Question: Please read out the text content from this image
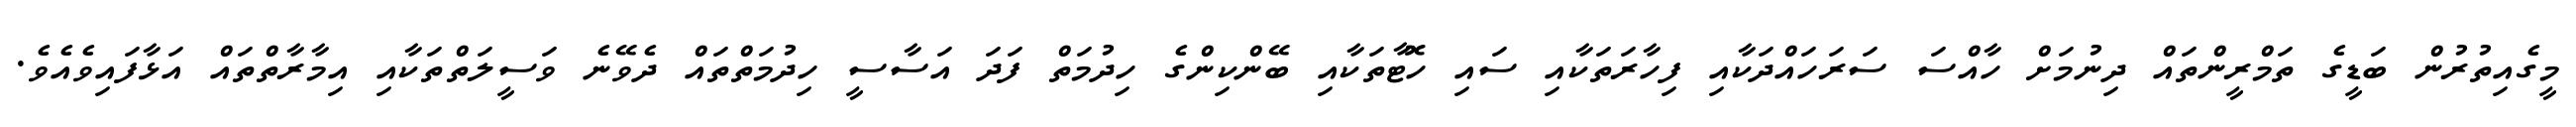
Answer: މީގެއިތުރުން ބަޑީގެ ތަމްރީންތައް ދިނުމަށް ހާއްސަ ސަރަހައްދަކާއި ފިހާރަތަކާއި ސައި ހޮޓާތަކާއި ބޭންކިންގެ ހިދުމަތް ފަދަ އަސާސީ ހިދުމަތްތައް ދެވޭނެ ވަސީލަތްތަކާއި އިމާރާތްތައް އަޅާފައިވެއެވެ.